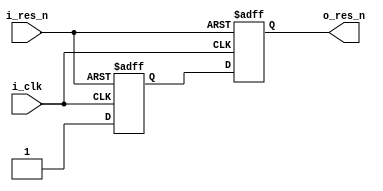
/*****************************************************************
* Title     : Synchronous Reset Generator
* Design    : kingyo
******************************************************************/
module rstGen (
    input   wire    i_clk,
    input   wire    i_res_n,
    output  wire    o_res_n
);

    reg r_ff1;
    reg r_ff2;

    always @(posedge i_clk or negedge i_res_n) begin
        if (~i_res_n) begin
            r_ff1 <= 1'b0;
            r_ff2 <= 1'b0;
        end else begin
            r_ff1 <= 1'b1;
            r_ff2 <= r_ff1;
        end
    end
    assign o_res_n = r_ff2;

endmodule